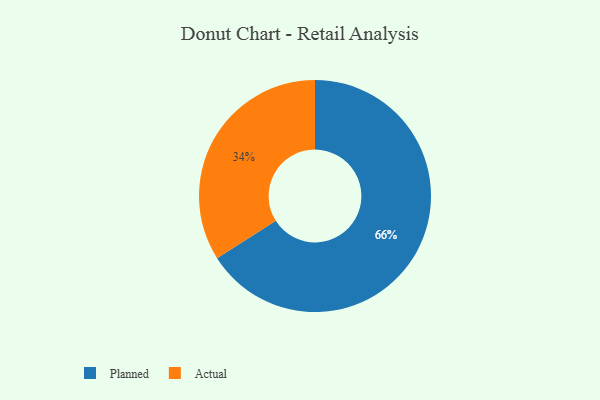
{"axis": {"x": "Category", "y": "Percentage"}, "legend": ["Actual", "Planned"], "data": [{"x": "Planned", "y": 66, "type": "Planned"}, {"x": "Actual", "y": 34, "type": "Actual"}]}